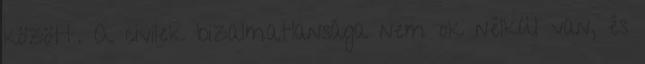
között. A civilek bizalmatlansága nem ok nélkül van, és